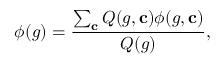
\phi ( g ) = \frac { \sum _ { \mathbf { c } } Q ( g , \mathbf { c } ) \phi ( g , \mathbf { c } ) } { Q ( g ) } ,